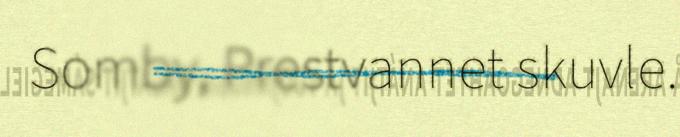
Somby, Prestvannet skuvle.